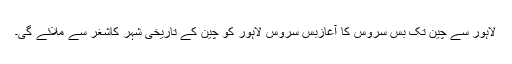
لاہور سے چین تک بس سروس کا آغازبس سروس لاہور کو چین کے تاریخی شہر کاشغر سے ملائے گی۔